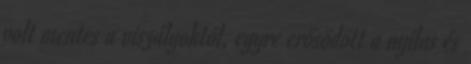
volt mentes a viszályoktól, egyre erősödött a nyilas és